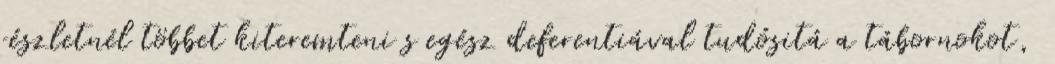
részletnél többet kiteremteni s egész deferentiával tudósitá a tábornokot,